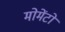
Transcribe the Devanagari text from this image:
मोमेंटो